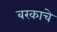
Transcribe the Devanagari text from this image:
बरकाचे